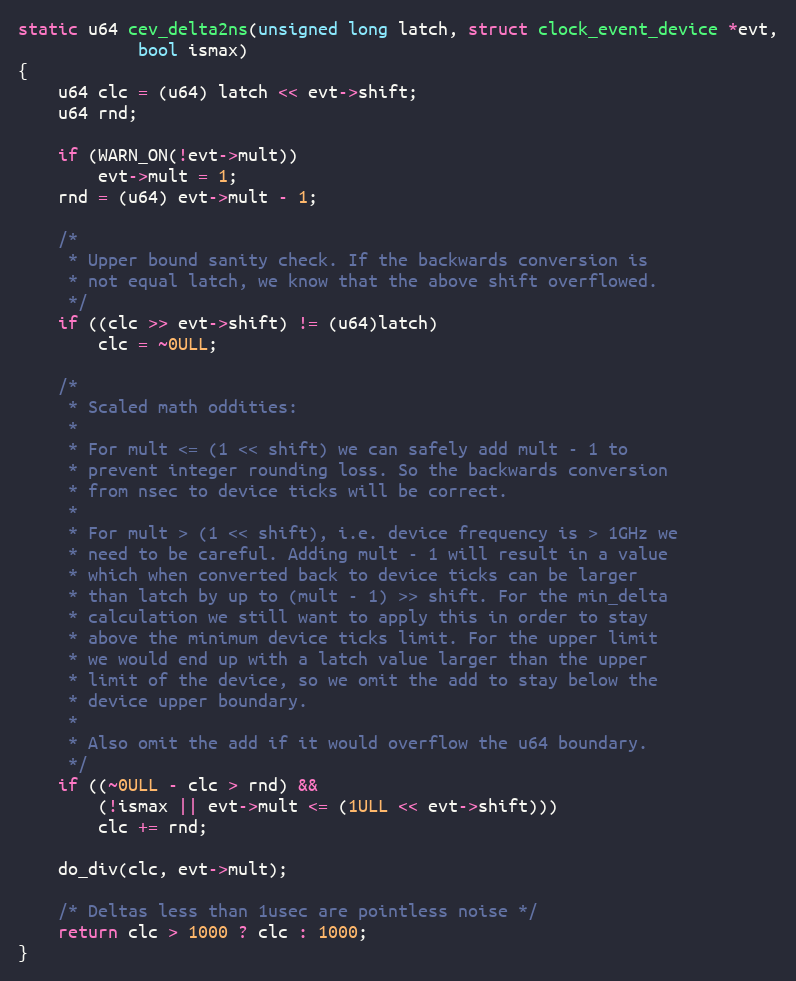
Language: C
static u64 cev_delta2ns(unsigned long latch, struct clock_event_device *evt,
			bool ismax)
{
	u64 clc = (u64) latch << evt->shift;
	u64 rnd;

	if (WARN_ON(!evt->mult))
		evt->mult = 1;
	rnd = (u64) evt->mult - 1;

	/*
	 * Upper bound sanity check. If the backwards conversion is
	 * not equal latch, we know that the above shift overflowed.
	 */
	if ((clc >> evt->shift) != (u64)latch)
		clc = ~0ULL;

	/*
	 * Scaled math oddities:
	 *
	 * For mult <= (1 << shift) we can safely add mult - 1 to
	 * prevent integer rounding loss. So the backwards conversion
	 * from nsec to device ticks will be correct.
	 *
	 * For mult > (1 << shift), i.e. device frequency is > 1GHz we
	 * need to be careful. Adding mult - 1 will result in a value
	 * which when converted back to device ticks can be larger
	 * than latch by up to (mult - 1) >> shift. For the min_delta
	 * calculation we still want to apply this in order to stay
	 * above the minimum device ticks limit. For the upper limit
	 * we would end up with a latch value larger than the upper
	 * limit of the device, so we omit the add to stay below the
	 * device upper boundary.
	 *
	 * Also omit the add if it would overflow the u64 boundary.
	 */
	if ((~0ULL - clc > rnd) &&
	    (!ismax || evt->mult <= (1ULL << evt->shift)))
		clc += rnd;

	do_div(clc, evt->mult);

	/* Deltas less than 1usec are pointless noise */
	return clc > 1000 ? clc : 1000;
}